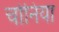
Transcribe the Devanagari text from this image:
चोनिया